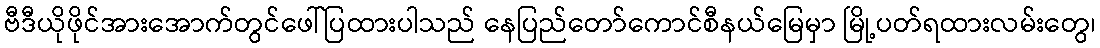
ဗီဒီယိုဖိုင်အားအောက်တွင်ဖေါ်ပြထားပါသည် နေပြည်တော်ကောင်စီနယ်မြေမှာ မြို့ပတ်ရထားလမ်းတွေ၊